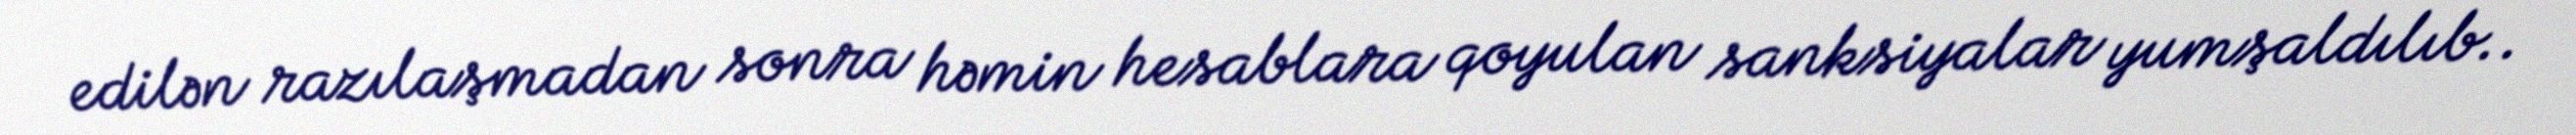
edilən razılaşmadan sonra həmin hesablara qoyulan sanksiyalar yumşaldılıb..